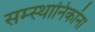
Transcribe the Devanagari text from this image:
सम्स्थानिकांना